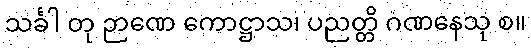
သင်္ခါ တု ဉာဏေ ကောဋ္ဌာသ၊ ပညတ္တိ ဂဏနေသု စ။